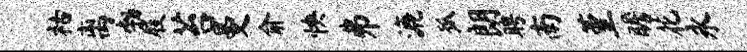
祜离勃屐苔曼俞怏井漉狐朗聘南堇瞻花永